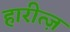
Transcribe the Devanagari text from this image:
हारीत्ज़